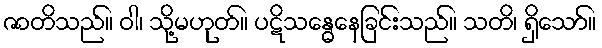
ဇာတိသည်။ ဝါ၊ သို့မဟုတ်။ ပဋိသန္ဓေနေခြင်းသည်။ သတိ၊ ရှိသော်။